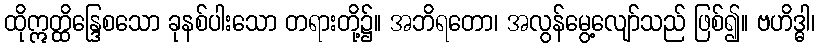
ထိုဣတ္ထိန္ဒြေစသော ခုနစ်ပါးသော တရားတို့၌။ အဘိရတော၊ အလွန်မွေ့လျော်သည် ဖြစ်၍။ ဗဟိဒ္ဓါ၊